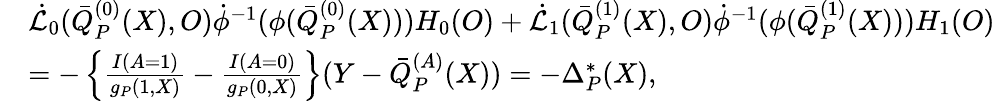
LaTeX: \begin{array}{rl}&{\dot{\mathcal{L}}_{0}(\bar{Q}_{P}^{(0)}(X),O)\dot{\phi}^{-1}(\phi(\bar{Q}_{P}^{(0)}(X)))H_{0}(O)+\dot{\mathcal{L}}_{1}(\bar{Q}_{P}^{(1)}(X),O)\dot{\phi}^{-1}(\phi(\bar{Q}_{P}^{(1)}(X)))H_{1}(O)}\\ &{=-\left\{ \frac{I(A=1)}{g_{P}(1,X)}-\frac{I(A=0)}{g_{P}(0,X)}\right\} (Y-\bar{Q}_{P}^{(A)}(X))=-\Delta_{P}^{*}(X),}\end{array}